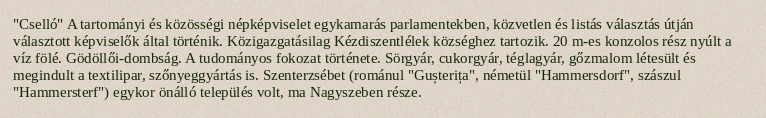
"Cselló" A tartományi és közösségi népképviselet egykamarás parlamentekben, közvetlen és listás választás útján választott képviselők által történik. Közigazgatásilag Kézdiszentlélek községhez tartozik. 20 m-es konzolos rész nyúlt a víz fölé. Gödöllői-dombság. A tudományos fokozat története. Sörgyár, cukorgyár, téglagyár, gőzmalom létesült és megindult a textilipar, szőnyeggyártás is. Szenterzsébet (románul "Gușterița", németül "Hammersdorf", szászul "Hammersterf") egykor önálló település volt, ma Nagyszeben része.